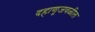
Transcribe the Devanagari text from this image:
दहाणूजवळील